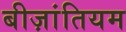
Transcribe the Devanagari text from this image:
बीज़ांतियम